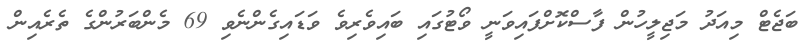
ބަޖެޓް މިއަދު މަޖިލީހުން ފާސްކޮށްފައިވަނީ ވޯޓުގައި ބައިވެރިވެ ވަޑައިގެންނެވި 69 މެންބަރުންގެ ތެރެއިން